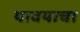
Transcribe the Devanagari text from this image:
यावयाचा